Memorandum on the prevention of leprosy by segregation of the affected
Disease focus: Leprosy
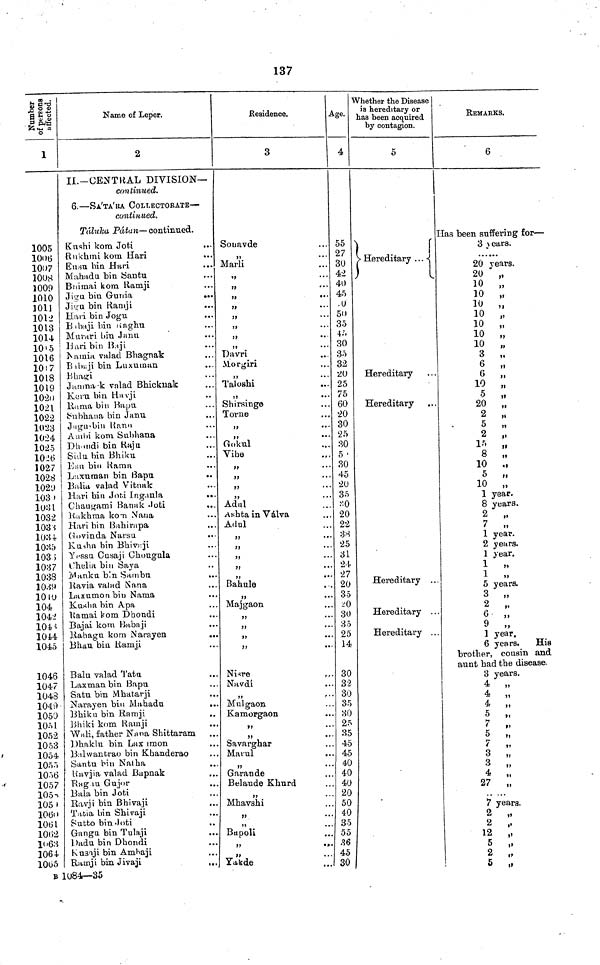
137
Number
of persons
affected.
1
1005
1006
1007
1008
1009
1010
1011
1012
1013
1014
1015
1016
1017
1018
1019
1020
1021
1022
1023
1024
1025
1026
1027
1028
1029
1030
1031
1032
1033
1034
1035
1036
1037
1038
1039
1040
104
1042
1043
1044
1045
1046
1047
1048
1049
1050
1051
1052
1053
1054
1055
1056
1057
1058
1059
1060
1061
1062
1063
1064
1065
i
Name of Leper.
2
II.—CENTRAL DIVISION—
continued.
6.—SA'TA'RA COLLECTORATE—
continued.
Táluka Pátan—continued.
Kushi kom Joti
Rukhmi kom Hari
Eusu bin Hari
...
Mahadu bin Santu
Boimai kom Ramji
Jigu bin Gunia
.,
Jigu bin Ramji
Hari bin Jogu
Babaji bin Raghu
Murari bin Janu
Hari bin Baji
Namia valad Bhagnak
Babaji bin Luxuman
Bhagi
Jamnark valad Bhicknak
Keru bin Havji
Rama bin Bapu
Subhana bin Janu
Jagu bin Ranu
Ambi kom Subhana
,.
Dhondi bin Raju
Sidu bin Bhiku
Esu bin Rama
Laxuman bin
Bapu
..
Balia valad Vitnak
Hari bin Joti Ingaula
..
Chaugami Banak Joti
Rakhma korn Nana
Hari bin Bahirapa
Govinda Narsu
Kusha bin Bhivaji
Yesssu Cusaji Chougula
rhelia bin Saya
Manku bin
Sarnbu
„
Ravia valad Nana
Laxumon bin Nama
Kusha bin Apa
Ramai kom Dhondi
Bajai kom Babaji
..
Rahagu kom Narayen
.,
Bhau bin Ramji
Balu valad Tata
Laxman bin Bapu
Satu bin Mhatarji
Narayen bin Mahadu
..
Bhiku bin Ramji
,.
Bhiki kom Ramji
Wali, father Nana Shittaram
Dhaklu bin Laxamon
Balwantrao bin Khanderao
Santu bin Nalha
Bavjia valad Bapnak
Rag m Gujor
Bala bin Joti
Ravji bin Bhivaji
Tatia bin Shivaji
Sutto bin Joti
Gangu bin Tulaji
Dadu bin Dhondi
Kusaji bin Ambaji
Ramji bin Jivaji
,,,
B 1084—35
Residence.
3
Sonavde
,,
a a
Marli
»
>
Davri
Morgiri
Taloshi
Shirsinge
Torne
>>
••
Gokul
Vihe
,,
h.
7)
' •
,,
• •
,,
. .
Adul
Ashta in Valva
Adul
Bahule
• •
Majgaon
,,
• •
,,
• •
it
•'
,,
Nisre
,,
Navdi
79
t '
Mulgaon
Kamorgaon
,,
• •
Savarghar Mavul
,,
Garande
Belaude Khurd
Mhavshi
Bapoli
,,
.
Yakde
Age.
4
55
27
30
42
40
45
.0
50
35
45
30
35
32
20
25
75
60
20
30
25
30
5
30
45
20
35
«0
20
22
38
25
31
21.
27
20
35
-'0
30
35
25
14
30
32
30
35
30
25
35
45
45
40
40
40
20
50
40
35
55
36
45
30
Whether the Disease
is hereditary or
has been acquired
by contagion.
5
Hereditary ...
Hereditary
Hereditary
Hereditary ...
Hereditary ...
Hereditary ...
REMARKS.
6
Has been suffering for—
3 v ears.
20 Years
20
10
10
10
10
10
10
10
3
6 ,,
6 ,,
10 ,,
5 ,,
20 ,,
2
5
2 ,,
15 ,,
8 ,,
10 ,,
5 ,,
10 ,,
1 year
8 years.
2 ,,
7 ,,
• ,,
1 year.
2 years.
1 year
1 year.
1 1 ,,
1 L ,,
5 years.
3 2 ,,
6 ,,
,,
9
,,
1 year.
6 years. His
brother, cousin and
aunt had the disease.
3 years.
A
* ,,
4. A.
,,
5
,,
,,
5 ,,
3
3 ,,
3
3 ,,
4
27
5 ,,
.....
7 years.
n
2 ,,
2
,'
13
12 ,,
5 ,,
3 2 It
K
5 ,,